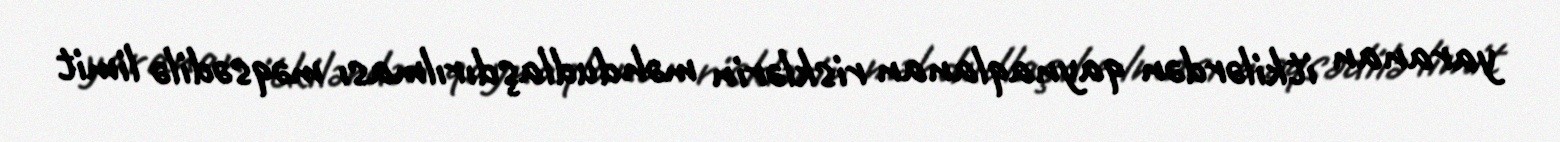
yaranan itkilərdən qaynaqlanan risklərin məhdudlaşdırılması məqsədilə limit